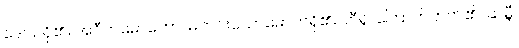
ဒေါသရှိ၏။ အဝီတမောဟော၊ မကင်းသောမောဟရှိ၏။ ဘီရူ၊ ကြောက်တတ်၏။ ဆမ္ဘီ၊